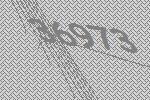
36973